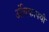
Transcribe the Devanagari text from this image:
अंबिकापथी